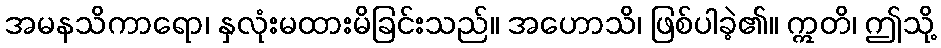
အမနသိကာရော၊ နှလုံးမထားမိခြင်းသည်။ အဟောသိ၊ ဖြစ်ပါခဲ့၏။ ဣတိ၊ ဤသို့